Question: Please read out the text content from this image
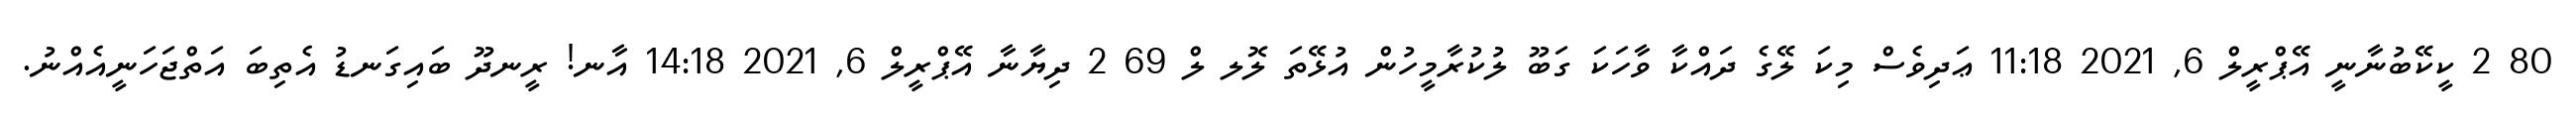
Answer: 80 2 ކީކޭބުނާނީ އޭޕްރީލް 6, 2021 11:18 ޢަދިވެސް މިކަ ލޭގެ ދައްކާ ވާހަކަ ގަބޫ ލުކުރާމީހުން އުޅޭތަ ލޮލ ލް 69 2 ދިޔާނާ އޭޕްރީލް 6, 2021 14:18 އާނ! ރީނދޫ ބައިގަނޑު އެތިބަ އަތްޖަހަނީއެއްނު.